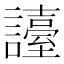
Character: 𧭏